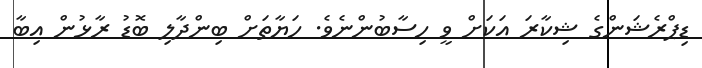
ޑިޕްރެޝަންގެ ޝިކާރަ އަކަށް ވީ ހިސާބުންނެވެ. ހަޔާތަށް ބިންދާލި ބޮޑު ރާޅުން އިބާ